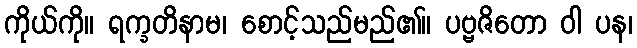
ကိုယ်ကို။ ရက္ခတိနာမ၊ စောင့်သည်မည်၏။ ပဗ္ဗဇိတော ဝါ ပန၊